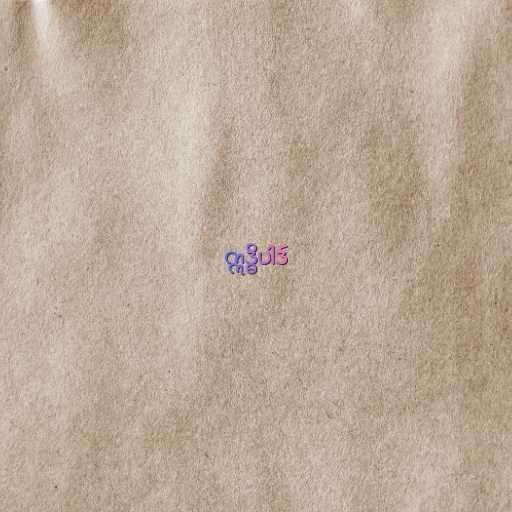
ဣဒ္ဓိပါဒ်